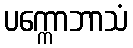
ပက္ကောဘာသံ